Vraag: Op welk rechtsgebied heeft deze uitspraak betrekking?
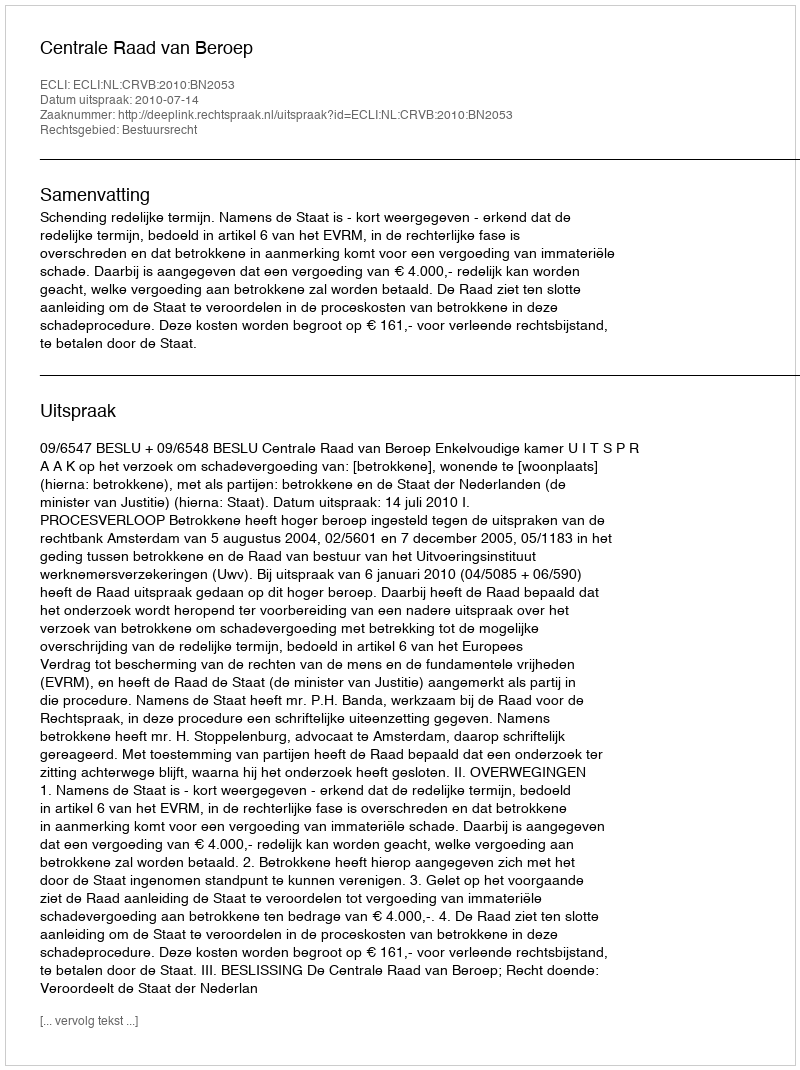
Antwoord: Bestuursrecht